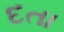
દતા